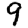
Digit: 9